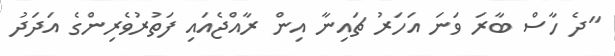
"ދެ ހާސް ބާރަ ވަނަ އަހަރު ޗައިނާ އިން ރާއްޖެއައި ފަތުރުވެރިންގެ އަދަދު